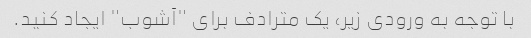
با توجه به ورودی زیر، یک مترادف برای "آشوب" ایجاد کنید.